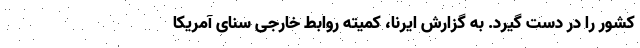
کشور را در دست گیرد. به گزارش ایرنا، کمیته روابط خارجی سنای آمریکا